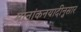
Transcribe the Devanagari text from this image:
मानांकनयादीनुसार